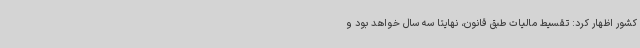
کشور اظهار کرد: تقسیط مالیات طبق قانون، نهایتا سه سال خواهد بود و